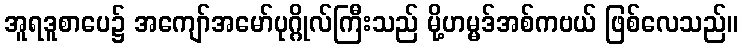
အူရဒူစာပေ၌ အကျော်အမော်ပုဂ္ဂိုလ်ကြီးသည် မို့ဟမ္မဒ်အစ်ကဗယ် ဖြစ်လေသည်။